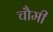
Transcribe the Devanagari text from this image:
चौमी